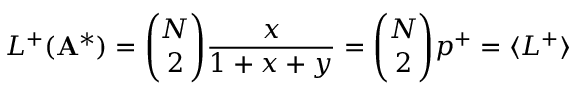
L ^ { + } ( \mathbf { A } ^ { * } ) = \binom { N } { 2 } \frac { x } { 1 + x + y } = \binom { N } { 2 } p ^ { + } = \langle L ^ { + } \rangle